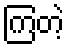
ကြတဲ့